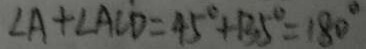
\angle A + \angle A C D = 4 5 ^ { \circ } + 1 3 5 ^ { \circ } = 1 8 0 ^ { \circ }